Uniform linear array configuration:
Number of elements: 16
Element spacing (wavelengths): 0.5
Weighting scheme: cosine
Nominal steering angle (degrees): -15
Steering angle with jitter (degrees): -14.117
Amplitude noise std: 0.05
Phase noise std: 0.05

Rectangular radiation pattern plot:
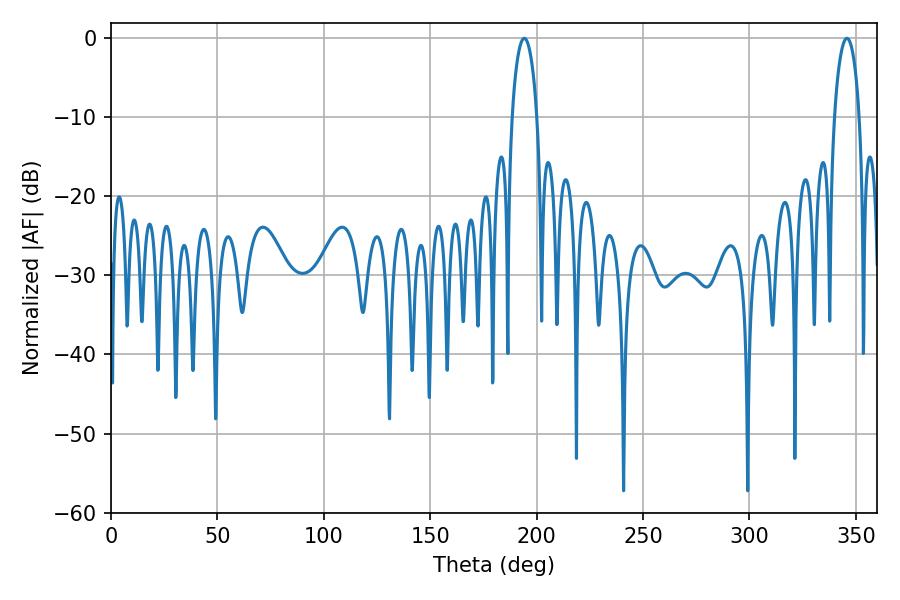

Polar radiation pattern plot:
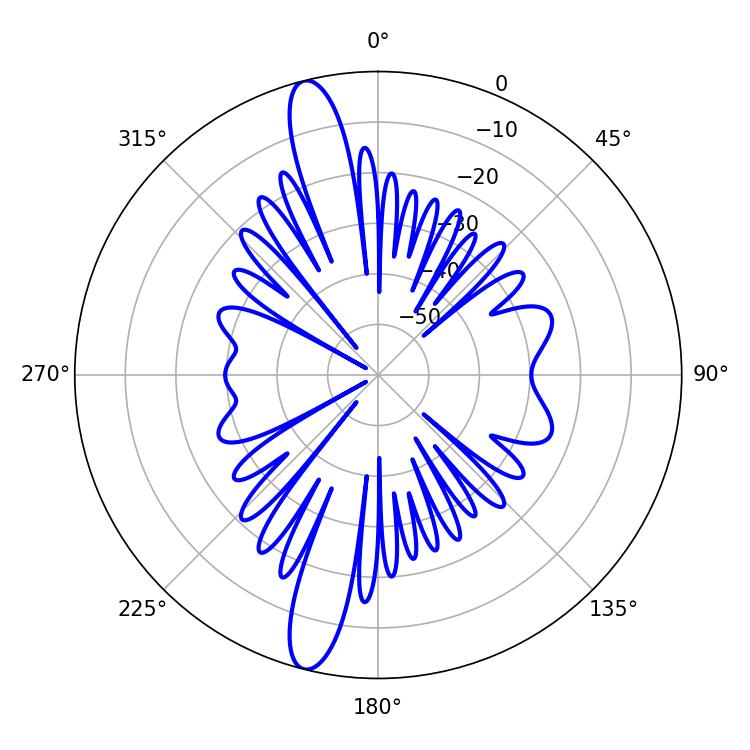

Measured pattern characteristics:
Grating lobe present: FALSE
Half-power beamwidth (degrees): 6.84
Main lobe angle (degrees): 194.22